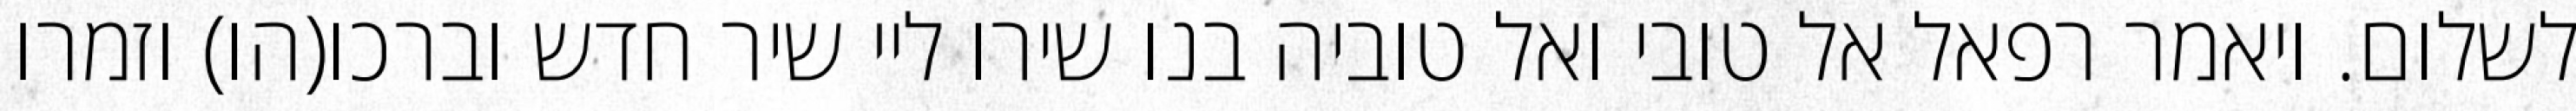
לשלום. ויאמר רפאל אל טובי ואל טוביה בנו שירו ליי שיר חדש וברכו(הו) וזמרו